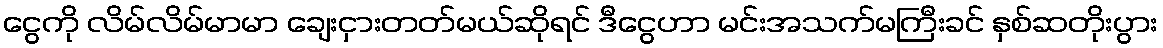
ငွေကို လိမ်လိမ်မာမာ ချေးငှားတတ်မယ်ဆိုရင် ဒီငွေဟာ မင်းအသက်မကြီးခင် နှစ်ဆတိုးပွား